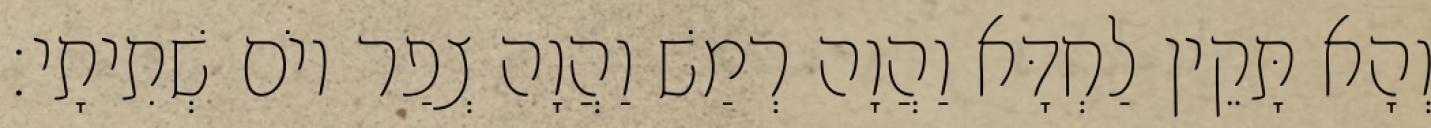
וְהָא תָּקֵין לַחְדָּא וַהֲוָה רְמַשׁ וַהֲוָה צְפַר יוֹם שְׁתִיתָי׃